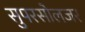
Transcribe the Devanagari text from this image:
सुपरसोलजर